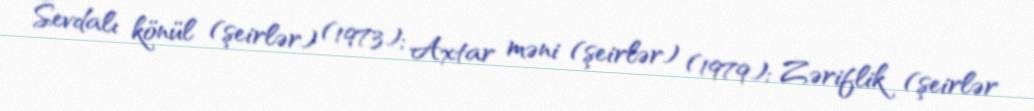
Sevdalı könül (şeirlər) (1973); Axtar məni (şeirlər) (1979); Zəriflik (şeirlər